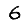
Digit: 6